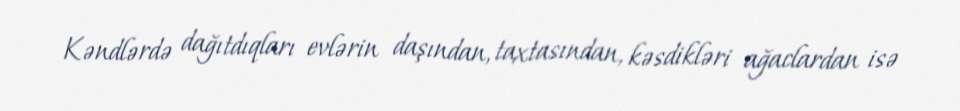
Kəndlərdə dağıtdıqları evlərin daşından, taxtasından, kəsdikləri ağaclardan isə